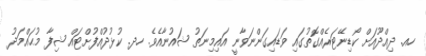
ހއ. ދިއްދޫއަށް ކޯޑިނޭޓަރެއްގޮތުގައި ވަޑައިގަންނަވާނީ އައިމިނަތު ޝައުނާއެވެ. ހދ. ކުޅުދުއްފުށްޓައް ޝިފާ މުޙައްމަދު